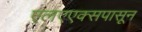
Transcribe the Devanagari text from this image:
एलएएक्सपासून